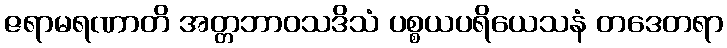
ဇရာမရဏာတိ အတ္တဘာဝသဒိသံ ပစ္စယပရိယေသနံ တဒေတရာ